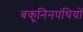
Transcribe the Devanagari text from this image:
बकूनिनपंथियों